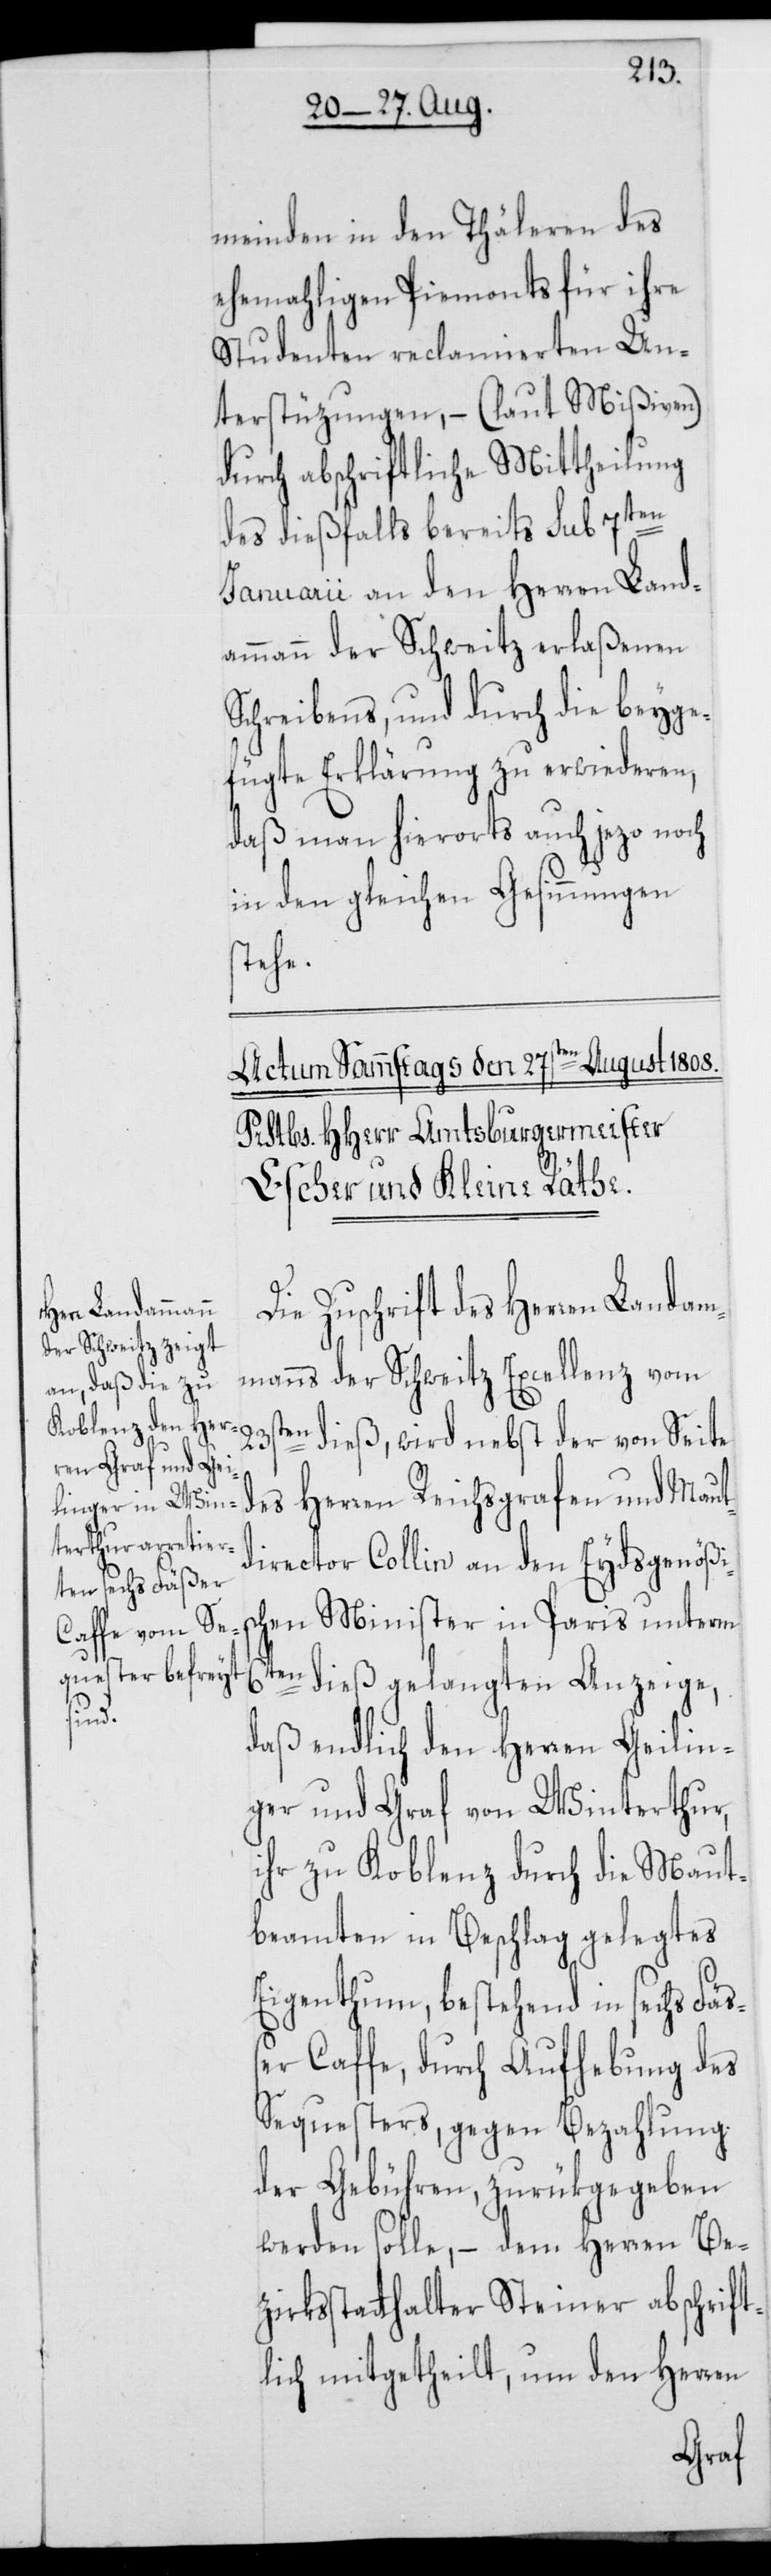
meinden in den Thäleren des
ehemahligen Piemonts für ihre
Studenten reclamierten Un¬
terstüzungen – (laut Mißiven)
durch abschriftliche Mittheilung
des dießfalls bereits sub 7ten
Januarii an den Herren Land¬
ammann der Schweitz erlaßenen
Schreibens, und durch die beyge¬
fügte Erklärung zu erwiederen,
daß man hierorts auch jezo noch
in den gleichen Gesinnungen
stehe.
Die Zuschrift des Herren Landam¬
manns der Schweitz Excellenz vom
des Herren Reichsgrafen und Maut¬
director Collin an den Eydsgenößi¬
hen Minister in Paris unterm
en dieß gelangten Anzeige,
6t¬
daß endlich den Herren Geilin¬
ger und Graf von Winterthur,
ihr zu Koblenz durch die Maut¬
beamten in Beschlag gelegtes
Eigenthum, bestehend in sechs Fäß¬
er Caffe, durch Aufhebung des
Sequesters, gegen Bezahlung
der Gebühren, zurükgegeben
werden solle, – dem Herren Be¬
zirksstatthalter Steiner abschrift¬
lich mitgetheilt, um den Herren